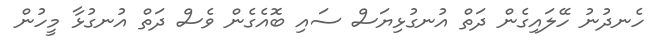
ހެނދުނު ހޭލައިގެން ދަތް އުނގުޅިޔަސް ސައި ބޮއެގެން ވެސް ދަތް އުނގުޅާ މީހުން